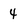
Character: 4